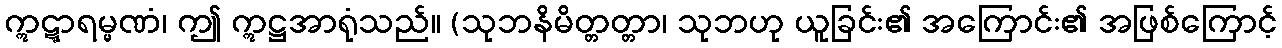
ဣဋ္ဋာရမ္မဏံ၊ ဤ ဣဋ္ဌအာရုံသည်။ (သုဘနိမိတ္တတ္တာ၊ သုဘဟု ယူခြင်း၏ အကြောင်း၏ အဖြစ်ကြောင့်